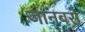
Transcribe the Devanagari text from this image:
जानबरो